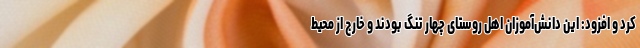
کرد و افزود: این دانش‌آموزان اهل روستای چهار تنگ بودند و خارج از محیط